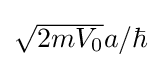
{\textstyle {\sqrt {2mV_{0}}}a/\hbar }